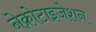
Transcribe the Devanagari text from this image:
नेक्रोटाइजेशन